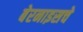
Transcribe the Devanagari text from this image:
बेरनाइसचे